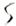
Text: S